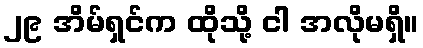
၂၉ အိမ်ရှင်က ထိုသို့ ငါ အလိုမရှိ။